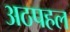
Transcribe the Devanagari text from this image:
अठपहल